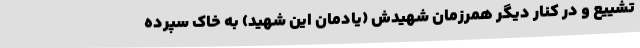
تشییع و در کنار دیگر همرزمان شهیدش (یادمان این شهید) به خاک سپرده